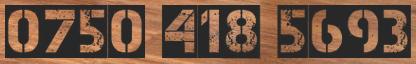
0750 418 5693